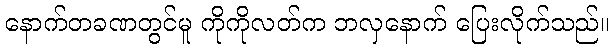
နောက်တခဏတွင်မူ ကိုကိုလတ်က ဘလှနောက် ပြေးလိုက်သည်။